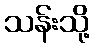
သန်းသို့